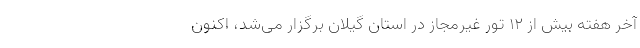
آخر هفته بیش از ۱۲ تور غیرمجاز در استان گیلان برگزار می‌شد، اکنون